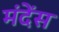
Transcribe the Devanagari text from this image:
मंदेंस